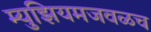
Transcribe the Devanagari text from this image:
म्युझियमजवळच